Vaccination North-Western Provinces 1866-1877 - 1866-1877
Year: 1866
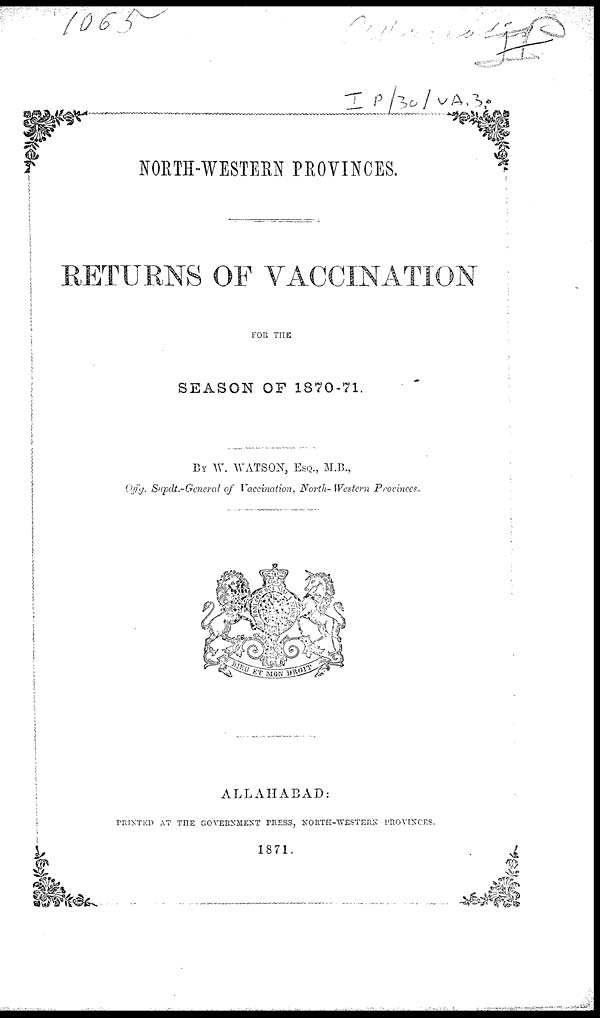
NORTH-WESTERN PROVINCES.
RETURNS OF VACCINATION
FOR THE
SEASON OF 1870-71.
BY W. WATSON, ESQ., M.B.,
Offg. Supdt.-General of Vaccination, North-Western Provinces.
ALLAHABAD:
PRINTED AT THE GOVERNMENT PRESS, NORTH-WESTERN PROVINCES.
1871.